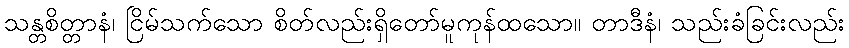
သန္တစိတ္တာနံ၊ ငြိမ်သက်သော စိတ်လည်းရှိတော်မူကုန်ထသော။ တာဒီနံ၊ သည်းခံခြင်းလည်း